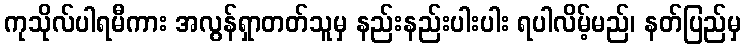
ကုသိုလ်ပါရမီကား အလွန်ရှာတတ်သူမှ နည်းနည်းပါးပါး ရပါလိမ့်မည်၊ နတ်ပြည်မှ